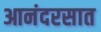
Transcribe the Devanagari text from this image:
आनंदरसात